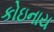
કોઇનાય